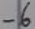
Text: -6